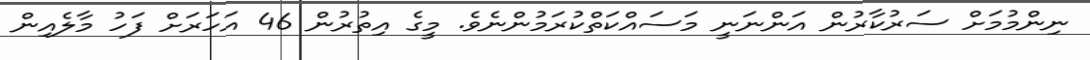
ނިންމުމަށް ސަރުކާރުން އަންނަނީ މަސައްކަތްކުރަމުންނެވެ. މީގެ އިތުރުން 46 އަހަރަށް ފަހު މާލެއިން